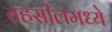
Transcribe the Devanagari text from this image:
तहसीलमध्ये